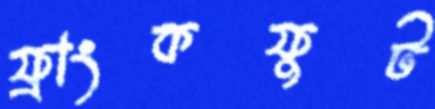
ফ্রাংকফুট